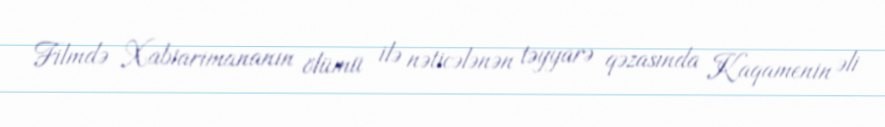
Filmdə Xabiarimananın ölümü ilə nəticələnən təyyarə qəzasında Kaqamenin əli